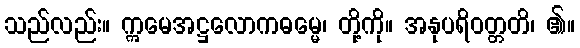
သည်လည်း။ ဣမေအဋ္ဌလောကဓမ္မေ၊ တို့ကို။ အနုပရိဝတ္တတိ၊ ၏။